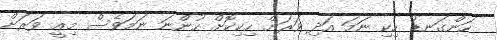
ހަންގަނޑު ހިކި ނަމަ އަދި ވަރަށް ހިކިކޮށް ހުންނަ ނަމަވެސް މިއީ ވަރަށް